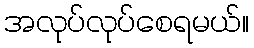
အလုပ်လုပ်စေရမယ်။